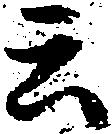
云